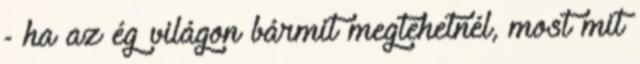
- ha az ég világon bármit megtehetnél, most mit